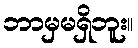
ဘာမှမရှိဘူး။